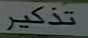
تذكر